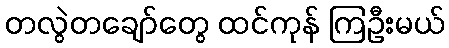
တလွဲတချော်တွေ ထင်ကုန် ကြဦးမယ်